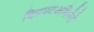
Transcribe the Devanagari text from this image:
चित्रपटअभिनेते